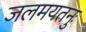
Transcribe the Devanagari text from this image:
जलमयतनुः